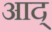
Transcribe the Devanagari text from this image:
आद्